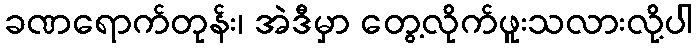
ခဏရောက်တုန်း၊ အဲဒီမှာ တွေ့လိုက်ဖူးသလားလို့ပါ